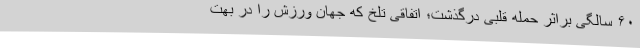
۶۰ سالگی براثر حمله قلبی درگذشت؛ اتفاقی تلخ که جهان ورزش را در بهت